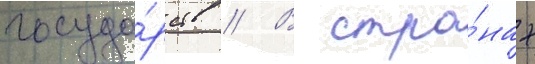
госуда́рств // В стра́нах